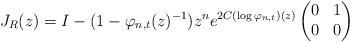
LaTeX: \begin{align*}J_R(z) = I-(1- \varphi_{n,t}(z)^{-1})z^ne^{2C(\log \varphi_{n,t})(z)} \begin{pmatrix}0 & 1\\0 & 0\end{pmatrix}\end{align*}